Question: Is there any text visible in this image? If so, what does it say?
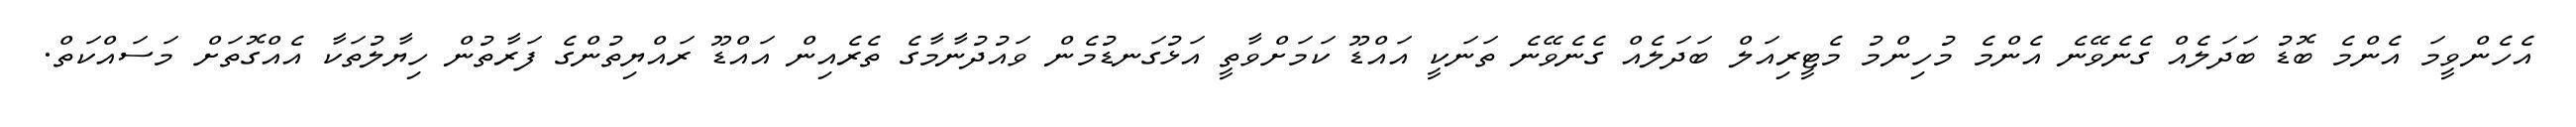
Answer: އެހެންވީމަ އެންމެ ބޮޑު ބަދަލެއް ގެނެވޭނެ އެންމެ މުހިންމު މެޓީރިއަލް ބަދަލެއް ގެނެވޭނެ ތަނަކީ އައްޑޫ ކަމަށްވާތީ އަޅުގަނޑުމެން ވައުދުނާމާގެ ތެރެއިން އައްޑޫ ރައްޔިތުންގެ ފަރާތުން ހިޔާލުތަކާ އެއްގޮތަށް މަސައްކަތް.